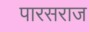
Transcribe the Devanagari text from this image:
पारसराज